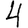
Digit: 4